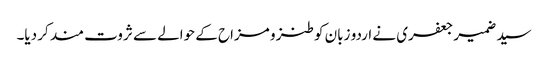
سید ضمیر جعفری نے اردو زبان کو طنز و مزاح کے حوالے سے ثروت مند کر دیا۔